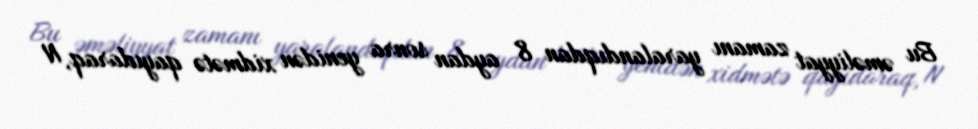
Bu əməliyyat zamanı yaralandıqdan 8 aydan sonra yenidən xidmətə qayıdaraq, N